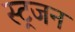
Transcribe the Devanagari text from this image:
स्ट्रजन